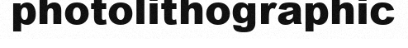
photolithographic